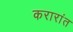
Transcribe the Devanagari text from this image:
करारांत